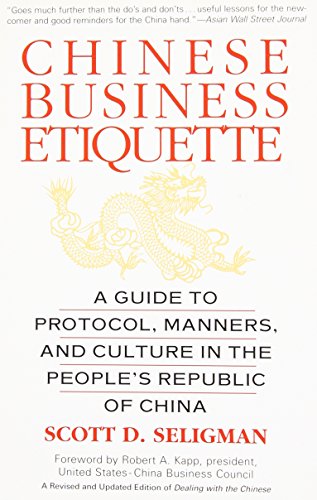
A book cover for Chinese Business Etiquette: A Guide to Protocol,  Manners,  and Culture in thePeople's Republic of China; Scott D. Seligman; Business & Money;